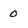
Character: 0